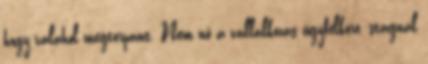
hogy valahol megtorpant. Nem nő a vállalkozás ügyfélköre, stagnál